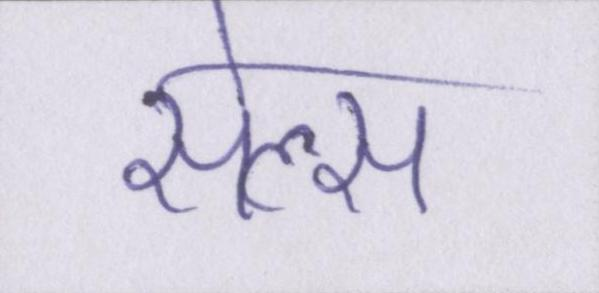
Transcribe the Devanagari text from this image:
सेल्स